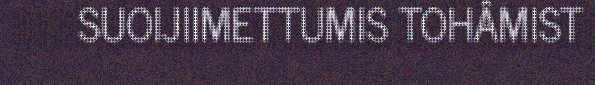
SUOIJIIMETTUMIS TOHÂMIST